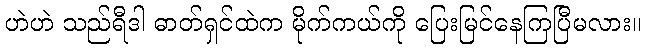
ဟဲဟဲ သည်ရီဒါ ဓာတ်ရှင်ထဲက မိုက်ကယ်ကို ပြေးမြင်နေကြပြီမလား။